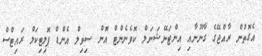
އެގޮތުން ރާއްޖޭގެ ގާނޫނާއި އިންޓަނޭޝަނަލް ކޮވެނެންޓް އޮން ސިވިލް އެންޑް ޕޮލިޓިކަލް ރައިޓްސް